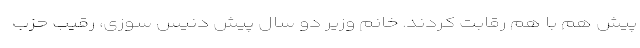
پیش هم با هم رقابت کردند. خانم وزیر دو سال پیش دنیس سوزی، رقیب حزب